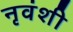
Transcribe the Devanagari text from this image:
नृवंशी